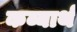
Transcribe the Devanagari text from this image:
कव्यार्थ